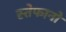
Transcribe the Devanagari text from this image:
स्तेफानो